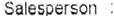
SALESPERSON :